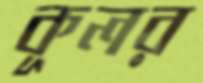
কূলর